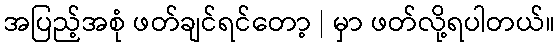
အပြည့်အစုံ ဖတ်ချင်ရင်တော့ | မှာ ဖတ်လို့ရပါတယ်။